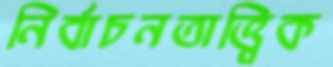
নির্বাচনতাত্ত্বিক